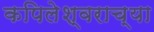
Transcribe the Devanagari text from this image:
कपिलेश्वराच्या